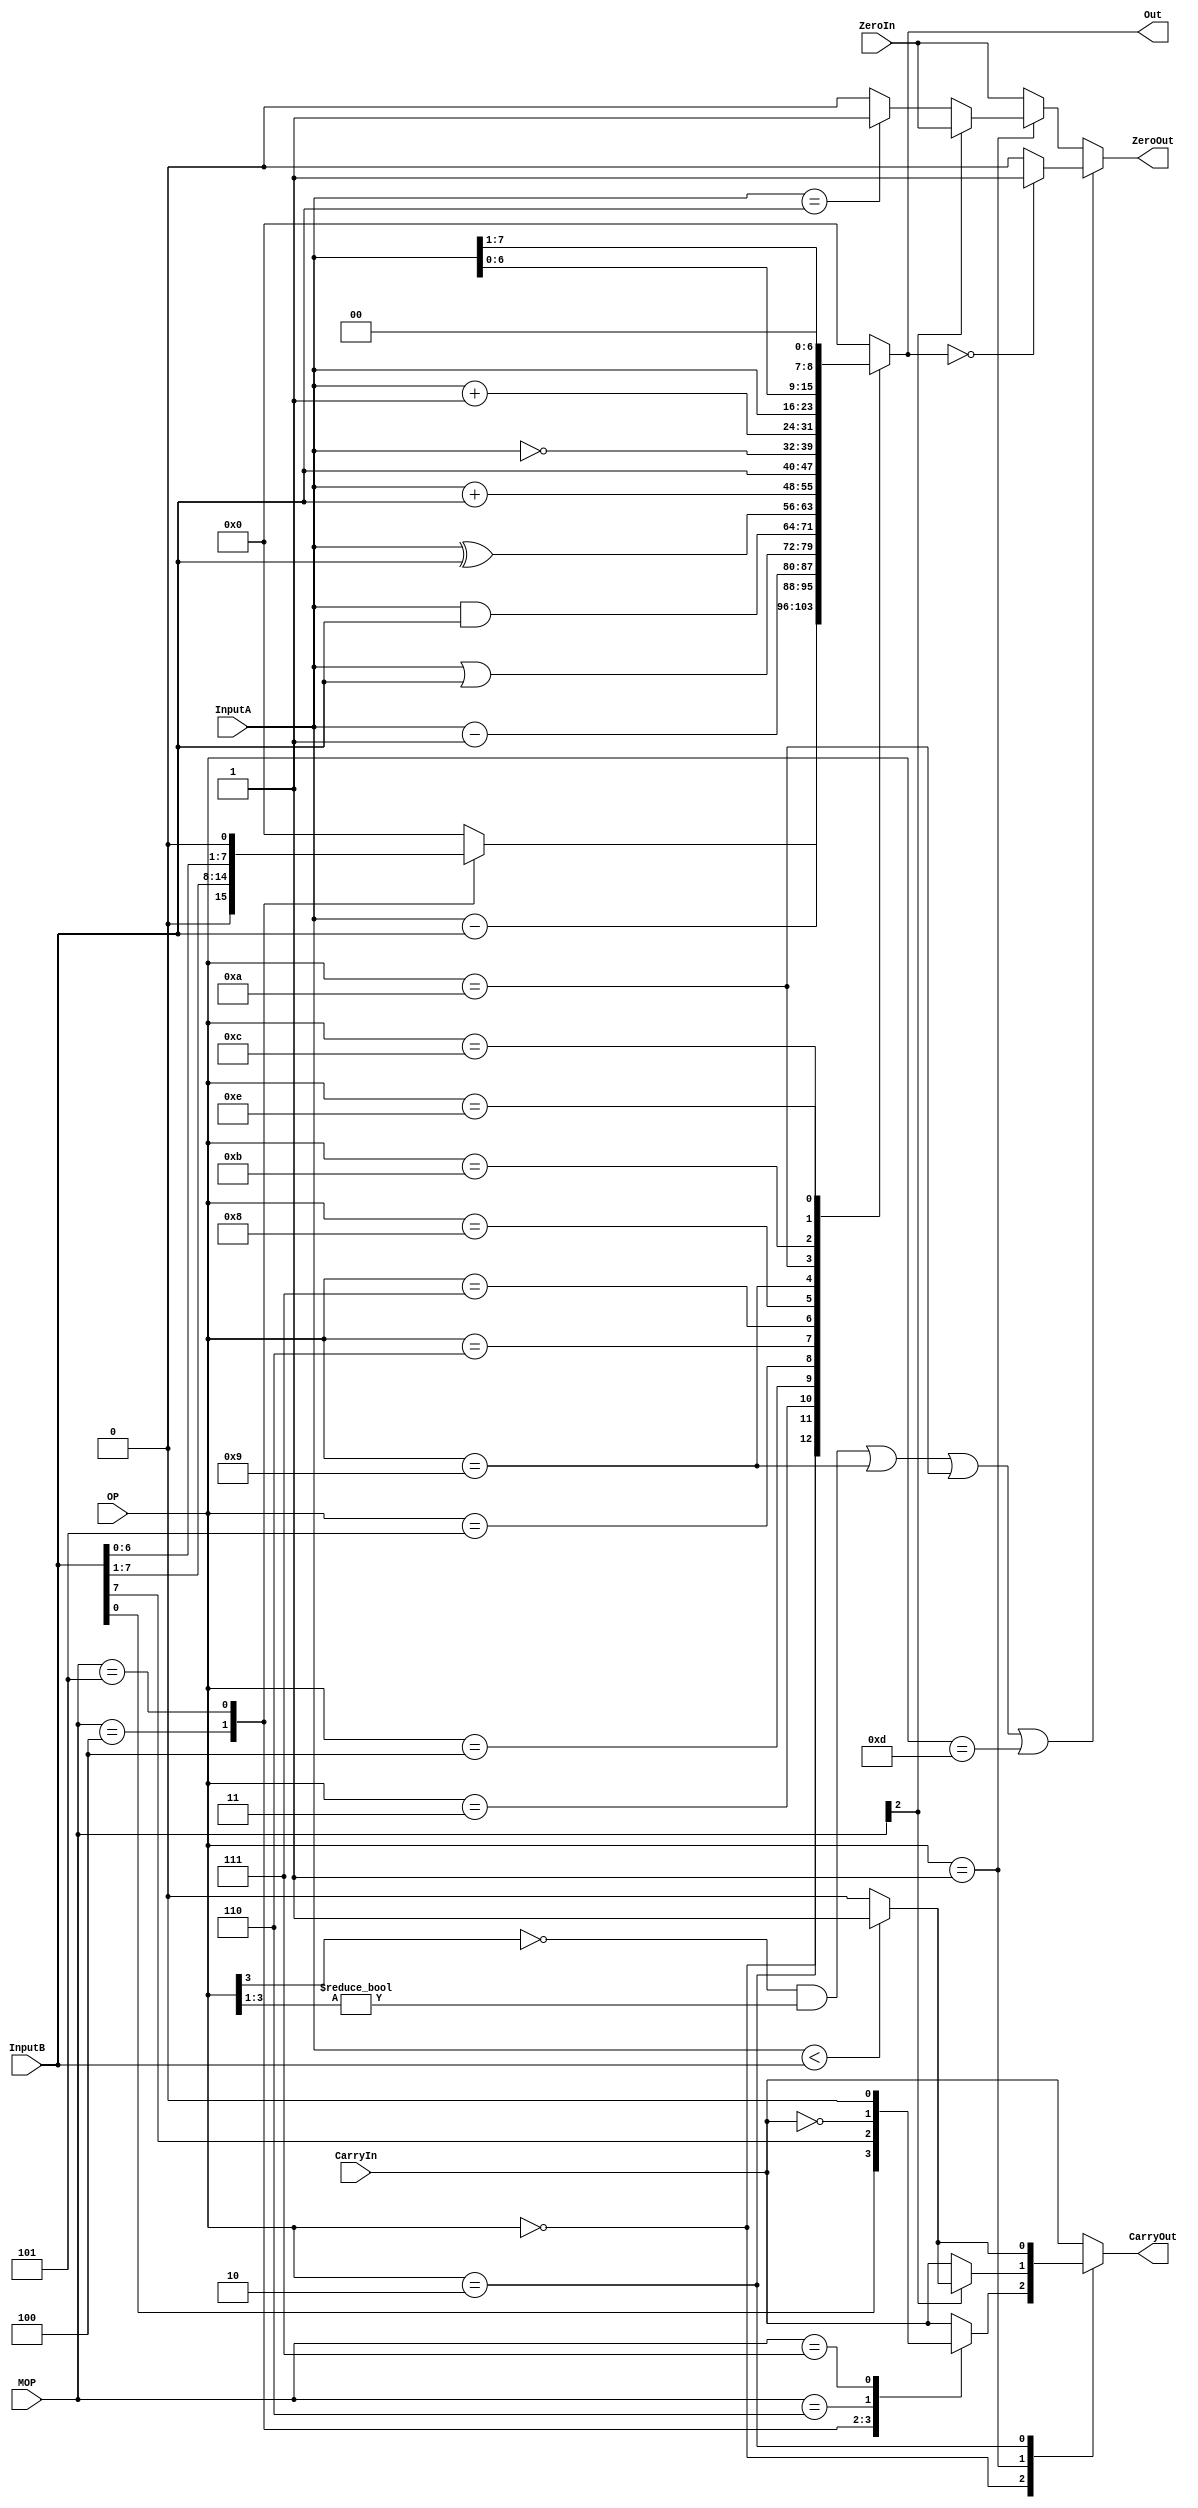
// Module Name:    ALU 
// Project Name:   CSE141L
//
// Revision Fall 2020
// Based on SystemVerilog source code provided by John Eldon
// Comment:
// 


	 
module ALU(InputA,InputB,OP,MOP,ZeroIn,CarryIn,Out,ZeroOut,CarryOut);

	input [ 7:0] InputA;
	input [ 7:0] InputB;
	input [ 3:0] OP;
	input [ 2:0] MOP;
	input ZeroIn;
	input CarryIn;
	output reg [7:0] Out; // logic in SystemVerilog
	output reg ZeroOut;
	output reg CarryOut;

	always@* // always_comb in systemverilog
	begin 
		Out = 0;
		ZeroOut = ZeroIn;
		CarryOut = CarryIn;
		
		case (OP)
		// Handles RRC, RLC, CPLC, CLRC
		4'b0000: begin 
			case (MOP)
			3'b100: begin
				Out = {1'b0,InputB[7:1]};
				CarryOut = InputB[0];
			end
			3'b101: begin
				Out = InputB << 1;
				CarryOut = InputB[7];
			end
			3'b110: CarryOut = ~CarryIn;
			3'b111: CarryOut = 1'b0;
			endcase
		end		

		// Handles both compare instructions, CMPZ and CMPC
		4'b0001: begin 
			if(MOP[2] == 1'b0)
					ZeroOut = (InputA == InputB) ? 1 : 0;
			if(MOP[2] == 1'b1)
				CarryOut = (InputA < InputB) ? 1 : 0;
		end		
		4'b0010: begin				// SUB
			Out = InputA - InputB;
			CarryOut = (InputA < InputB) ? 1 : 0;
		end
		4'b0011: Out = InputA - 1; 		// DEC
		4'b0100: Out = InputA | InputB; // OR
		4'b0101: Out = InputA & InputB; // AND
		4'b0110: Out = InputA ^ InputB; // XOR
		4'b0111: Out = InputA + InputB; // ADD
		4'b1000: Out = InputB; 			// MOV f Q
		4'b1001: Out = ~InputA; 				// COM
		4'b1010: Out = InputA + 1; 			// INC
		4'b1011: Out = InputA; 					// MOV f F
		4'b1100: Out = InputA << 1; 		// Shift left
		4'b1101: Out = 8'b0; 						// CLEAR
		4'b1110: Out = {1'b0,InputA[7:1]};  // Shift right
		//4'b1111: // N/A
		default: Out = 0;
	  endcase

		// Set the Z bit for specified ALU functions
		if ((OP[3] == 1'b0 && OP[3:1] != 3'b000) ||
		    (OP == 4'b1001) || (OP == 4'b1010) ||(OP == 4'b1101))
			ZeroOut = (Out == 0) ? 1 : 0;
	
	end 


endmodule